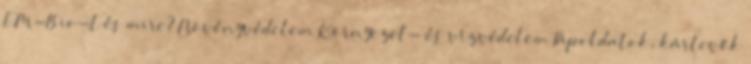
EM-Bio-t és mire? Növényvédelem Környezet- és vízvédelem Tápoldatok, kártevők